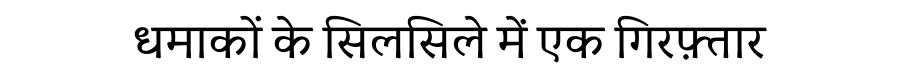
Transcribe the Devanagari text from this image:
धमाकों के सिलसिले में एक गिरफ़्तार